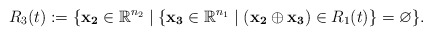
\begin{align*}R_3(t):= \{ \mathbf{x_2} \in \mathbb{R}^{n_2} \mid \{\mathbf{x_3} \in \mathbb{R}^{n_1} \mid (\mathbf{x_2} \oplus \mathbf{x_3}) \in R_1(t)\} = \varnothing\}.\end{align*}